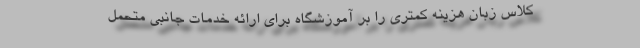
کلاس زبان هزینه کمتری را بر آموزشگاه برای ارائه خدمات جانبی متحمل